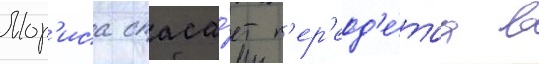
Мор'иса спаса́ет п'ер'еод'е́таа в